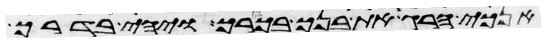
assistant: אנכי הרג את בנך בכורך ויהי בדרך